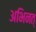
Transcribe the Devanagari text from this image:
अभिनत्